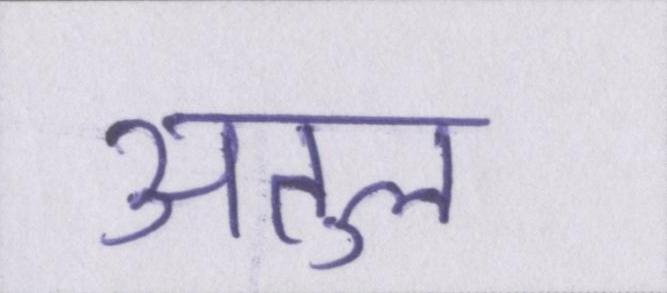
अतुल